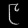
Digit: ၉